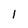
Character: 1